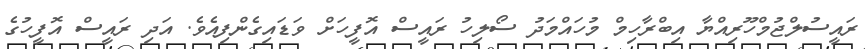
ރައީސުލްޖުމްހޫރިއްޔާ އިބްރާހިމް މުހައްމަދު ސޯލިހު ރައީސް އޮފީހަށް ވަޑައިގެންފިއެވެ. އަދި ރައީސް އޮފީހުގެ